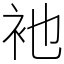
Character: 衪